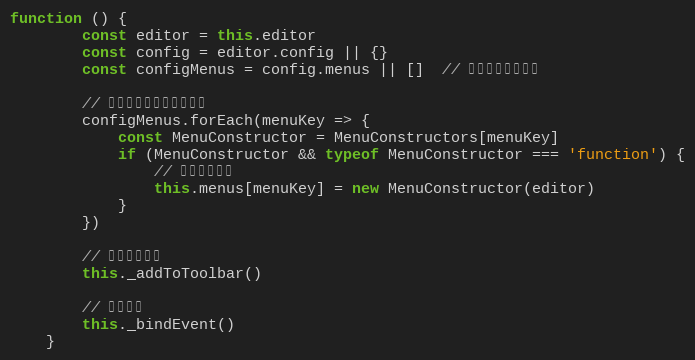
Language: JavaScript
function () {
        const editor = this.editor
        const config = editor.config || {}
        const configMenus = config.menus || []  // 获取配置中的菜单

        // 根据配置信息，创建菜单
        configMenus.forEach(menuKey => {
            const MenuConstructor = MenuConstructors[menuKey]
            if (MenuConstructor && typeof MenuConstructor === 'function') {
                // 创建单个菜单
                this.menus[menuKey] = new MenuConstructor(editor)
            }
        })

        // 添加到菜单栏
        this._addToToolbar()

        // 绑定事件
        this._bindEvent()
    }